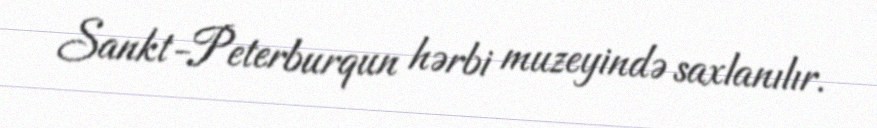
Sankt-Peterburqun hərbi muzeyində saxlanılır.